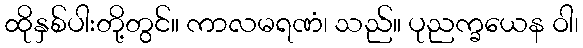
ထိုနှစ်ပါးတို့တွင်။ ကာလမရဏံ၊ သည်။ ပုညက္ခယေန ဝါ၊